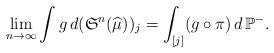
LaTeX: \begin{align*} \lim_{n\to \infty} \int g \, d (\mathfrak{S}^{n}({\widehat{\mu}}))_{j}=\int_{[j]} (g\circ\pi)\, d\,\mathbb{P}^{-}.\end{align*}